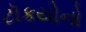
ટૉકયોનો